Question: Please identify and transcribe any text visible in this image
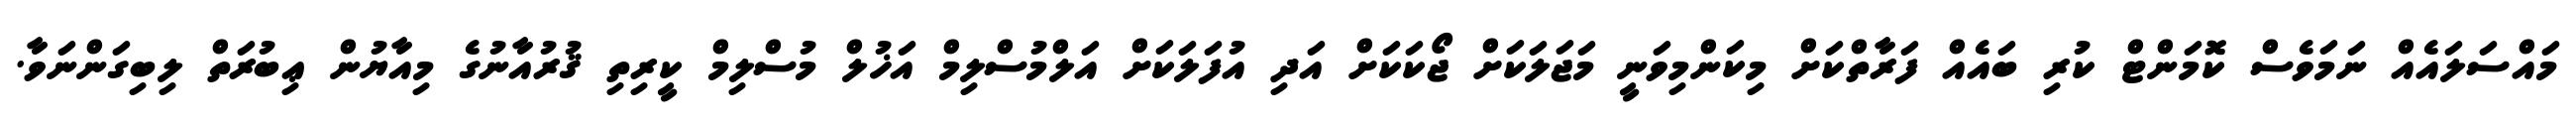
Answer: މައްސަލައެއް ނަމަވެސް ކޮމަންޓް ކުރި ބައެއް ފަރާތްކަށް މިކަންމިވަނީ މަޖަލަކަށް ޖޯކަކަށް އަދި އުފަލަކަށް އަލްމުސްލިމް އަޚުލް މުސްލިމް ކީރިތި ޤުރުއާނުގެ މިއާޔުން ޢިބުރަތް ލިބިގަންނަވާ.